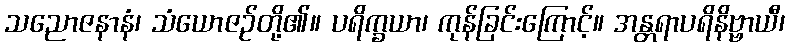
သညောဇနာနံ၊ သံယောဇဉ်တို့၏။ ပရိက္ခယာ၊ ကုန်ခြင်းကြောင့်။ အန္တရာပရိနိဗ္ဗာယီ၊